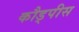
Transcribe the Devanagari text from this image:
कौड्पीस